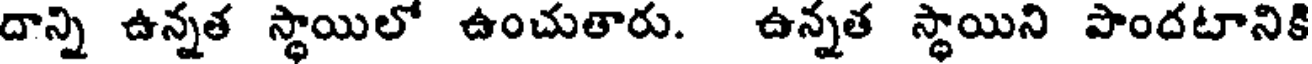
దాన్ని ఉన్నత స్థాయిలో ఉంచుతారు. ఉన్నత స్థాయిని పొందటానికి